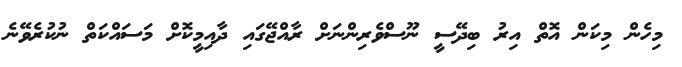
މިހެން މިކަން އޮތް އިރު ބިދޭސީ ނޫސްވެރިންނަށް ރާއްޖޭގައި ދާއިމީކޮށް މަސައްކަތް ނުކުރެވޭނެ